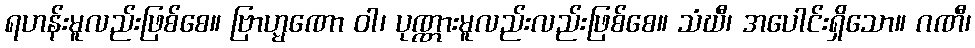
ရဟန်းမူလည်းဖြစ်စေ။ ဗြာဟ္မဏော ဝါ၊ ပုဏ္ဏားမူလည်းလည်းဖြစ်စေ။ သံဃီ၊ အပေါင်းရှိသော။ ဂဏီ၊